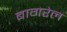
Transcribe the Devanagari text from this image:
बागरेल